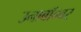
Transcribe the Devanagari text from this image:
उनाबॉम्बर